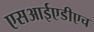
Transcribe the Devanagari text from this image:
एसआईएडीएच